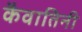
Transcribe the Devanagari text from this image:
कैवातिनी